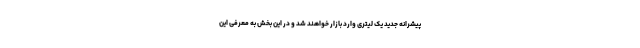
پیشرانه جدید یک لیتری وارد بازار خواهند شد و در این بخش به معرفی این